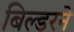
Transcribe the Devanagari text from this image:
बिल्डरने